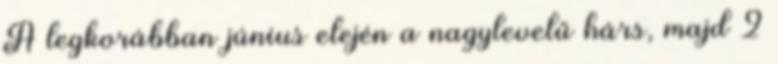
A legkorábban június elején a nagylevelű hárs, majd 2